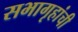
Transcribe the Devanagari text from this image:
सभागृहांची